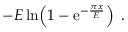
- { \cal E } \, { \mathrm { l n } } \! \left( 1 - { \mathrm e } ^ { - { \frac { \pi x } { \cal E } } } \right) \ .